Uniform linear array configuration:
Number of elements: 48
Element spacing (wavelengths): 0.5
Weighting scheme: binomial
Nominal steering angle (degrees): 0
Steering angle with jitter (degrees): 0.3067
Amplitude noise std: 0.05
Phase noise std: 0.05

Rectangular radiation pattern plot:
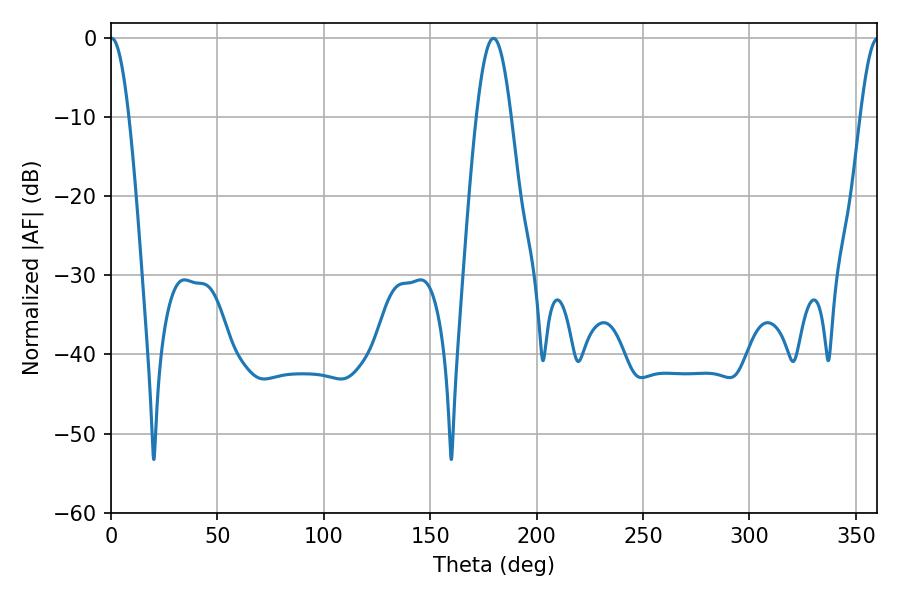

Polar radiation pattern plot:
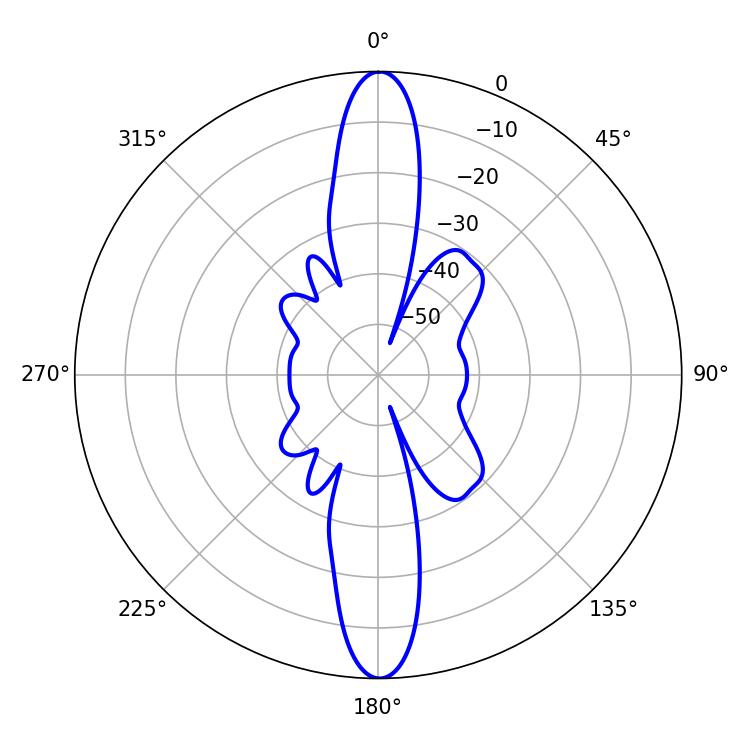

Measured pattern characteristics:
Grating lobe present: FALSE
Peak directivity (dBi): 32.223
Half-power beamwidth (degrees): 4.68
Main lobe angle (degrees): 0.36